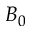
B _ { 0 }